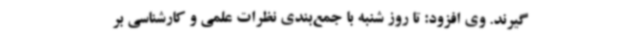
گیرند. وی افزود: تا روز شنبه با جمع‌بندی نظرات علمی و کارشناسی بر